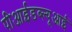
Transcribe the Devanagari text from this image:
पीआईडब्ल्यूआई